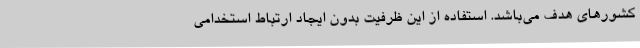
کشورهای هدف می‌باشد. استفاده از این ظرفیت بدون ایجاد ارتباط استخدامی